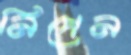
নিপেন